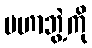
မဟာဘွဲ့ကို